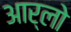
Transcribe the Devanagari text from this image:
आर्लो